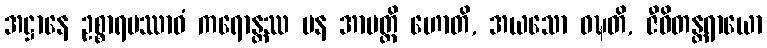
အဋ္ဌာနေ ဥစ္စာရပဿာဝံ ကရောန္တဿ ပန အာပတ္တိ ဟောတိ, အယသော ဝဍ္ဎတိ, ဇီဝိတန္တရာယော